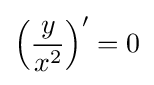
\left({\frac {y}{x^{2}}}\right)'=0